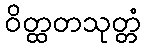
ဝိတ္ထတသုတ္တံ